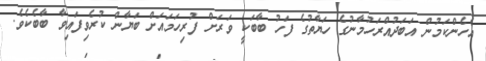
އެހެންކަމުން އަބަދުއްރަހުމާނުގެ ހަޔާތުގެ ފަހު ބާބަކީ ވަރަށް ފުރިހަމައަށް ބަޔާން ކުރެވިފައިވާ ބާބެކެވެ.